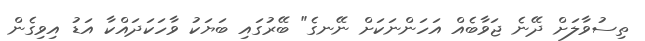
ތިސުވާލަށް ދޭނެ ޖަވާބެއް އަހަންނަކަށް ނޭނގެ" ބޭރުގައި ބަޔަކު ވާހަކަދައްކާ އަޑު އިވިގެން